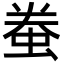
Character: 䖭